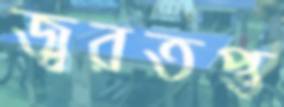
জ্বরতপ্ত